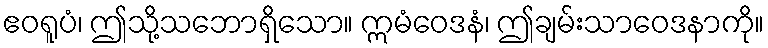
ဧဝရူပံ၊ ဤသို့သဘောရှိသော။ ဣမံဝေဒနံ၊ ဤချမ်းသာဝေဒနာကို။